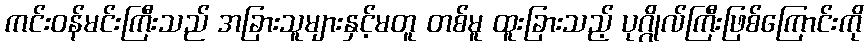
ကင်းဝန်မင်းကြီးသည် အခြားသူများနှင့်မတူ တစ်မူ ထူးခြားသည့် ပုဂ္ဂိုလ်ကြီးဖြစ်ကြောင်းကို